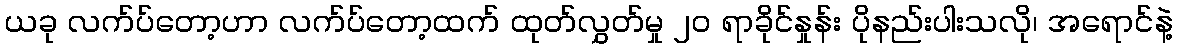
ယခု လက်ပ်တော့ဟာ လက်ပ်တော့ထက် ထုတ်လွှတ်မှု ၂၀ ရာခိုင်နှုန်း ပိုနည်းပါးသလို၊ အရောင်နဲ့